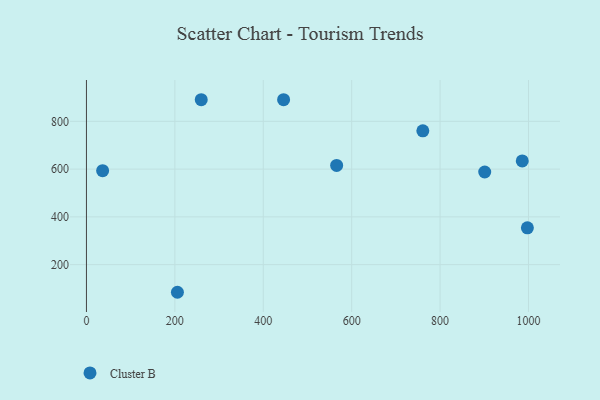
{"axis": {"x": "Price", "y": "Sales"}, "legend": ["Cluster B"], "data": [{"x": "446.0", "y": 890.5, "type": "Cluster B"}, {"x": "901.0", "y": 587.9, "type": "Cluster B"}, {"x": "997.5", "y": 354.0, "type": "Cluster B"}, {"x": "761.0", "y": 760.3, "type": "Cluster B"}, {"x": "566.0", "y": 615.4, "type": "Cluster B"}, {"x": "36.6", "y": 593.5, "type": "Cluster B"}, {"x": "205.8", "y": 84.3, "type": "Cluster B"}, {"x": "259.7", "y": 890.5, "type": "Cluster B"}, {"x": "985.9", "y": 634.2, "type": "Cluster B"}]}